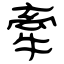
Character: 牽